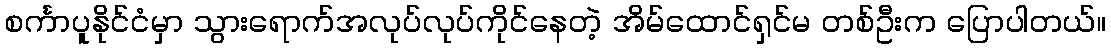
စင်္ကာပူနိုင်ငံမှာ သွားရောက်အလုပ်လုပ်ကိုင်နေတဲ့ အိမ်ထောင်ရှင်မ တစ်ဦးက ပြောပါတယ်။